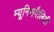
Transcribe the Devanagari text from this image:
म्यूनिसपैलिटी